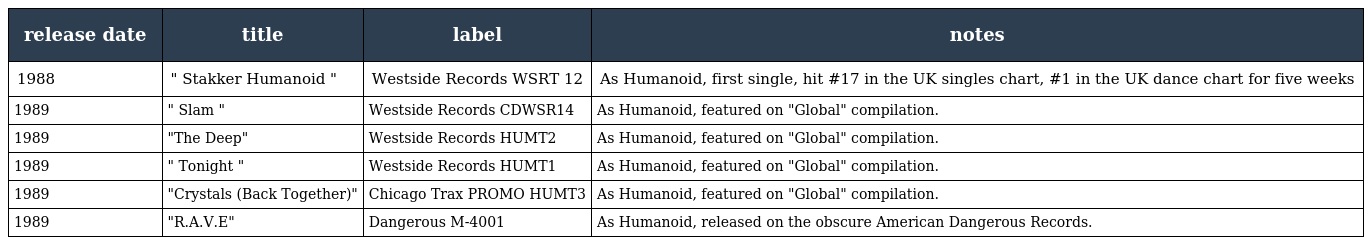
| release date | title | label | notes |
 | --- | --- | --- | --- |
 | 1988 | " Stakker Humanoid " | Westside Records WSRT 12 | As Humanoid, first single, hit #17 in the UK singles chart, #1 in the UK dance chart for five weeks |
 | 1989 | " Slam " | Westside Records CDWSR14 | As Humanoid, featured on "Global" compilation. |
 | 1989 | "The Deep" | Westside Records HUMT2 | As Humanoid, featured on "Global" compilation. |
 | 1989 | " Tonight " | Westside Records HUMT1 | As Humanoid, featured on "Global" compilation. |
 | 1989 | "Crystals (Back Together)" | Chicago Trax PROMO HUMT3 | As Humanoid, featured on "Global" compilation. |
 | 1989 | "R.A.V.E" | Dangerous M-4001 | As Humanoid, released on the obscure American Dangerous Records. |